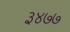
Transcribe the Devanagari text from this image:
३४७७